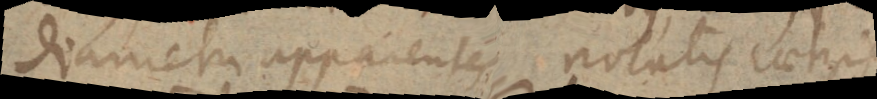
diametri apparentes, notatis caeteris